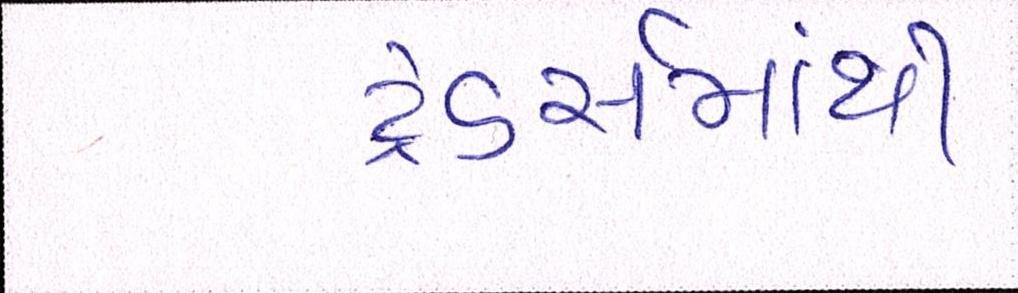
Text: ટ્રેડર્સમાંથી